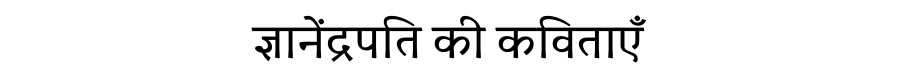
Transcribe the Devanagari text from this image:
ज्ञानेंद्रपति की कविताएँ